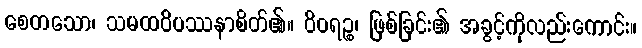
စေတသော၊ သမထဝိပဿနာစိတ်၏။ ဝိဝရဉ္စ၊ ဖြစ်ခြင်း၏ အခွင့်ကိုလည်းကောင်း။